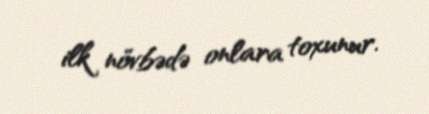
ilk növbədə onlara toxunur.